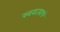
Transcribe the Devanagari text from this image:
स्वराज्याचं